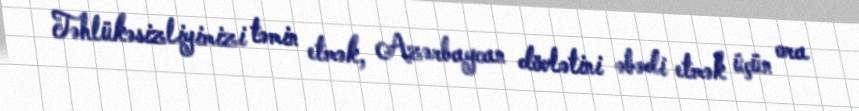
Təhlükəsizliyimizi təmin etmək, Azərbaycan dövlətini əbədi etmək üçün ora